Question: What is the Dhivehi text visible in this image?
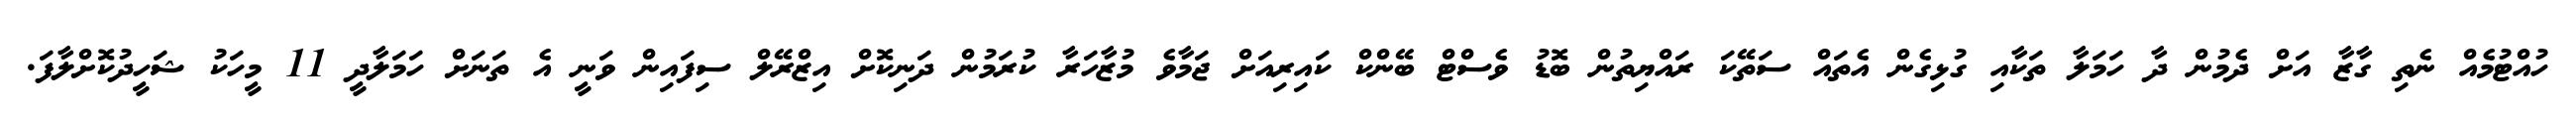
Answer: ހުއްޓުމެއް ނެތި ގާޒާ އަށް ދެމުން ދާ ހަމަލާ ތަކާއި ގުޅިގެން އެތައް ސަތޭކަ ރައްޔިތުން ބޮޑު ވެސްޓް ބޭންކް ކައިރިއަށް ޖަމާވެ މުޒާހަރާ ކުރަމުން ދަނިކޮށް އިޒްރޭލް ސިފައިން ވަނީ އެ ތަނަށް ހަމަލާދީ 11 މީހަކު ޝަހީދުކޮށްލާފަ.